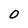
Character: 0